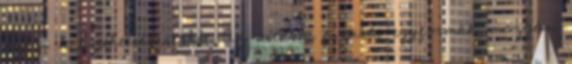
győzi le a tehetségesebbet. Az ostábla figurái egyformák, mozgási